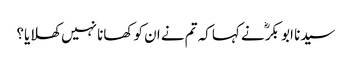
سیدنا ابو بکرؓ نے کہا کہ تم نے ان کو کھانا نہیں کھلایا؟